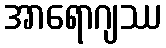
အာရောဂျဿ